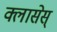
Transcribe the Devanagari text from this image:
क्लासेस्